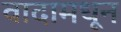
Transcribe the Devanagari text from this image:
वादामधून